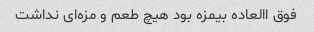
فوق االعاده بیمزه بود هیچ طعم و مزه‌ای نداشت